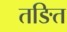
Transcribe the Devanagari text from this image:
तङित